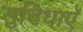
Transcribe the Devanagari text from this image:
सुविधाऍ